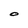
Character: O